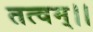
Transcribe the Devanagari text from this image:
तत्वम्।।